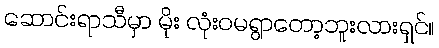
ဆောင်းရာသီမှာ မိုး လုံးဝမရွာတော့ဘူးလားရှင်။